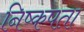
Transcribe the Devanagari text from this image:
निष्कपता